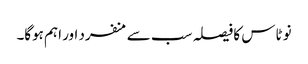
نو ٹاس کا فیصلہ سب سے منفرد اور اہم ہوگا۔